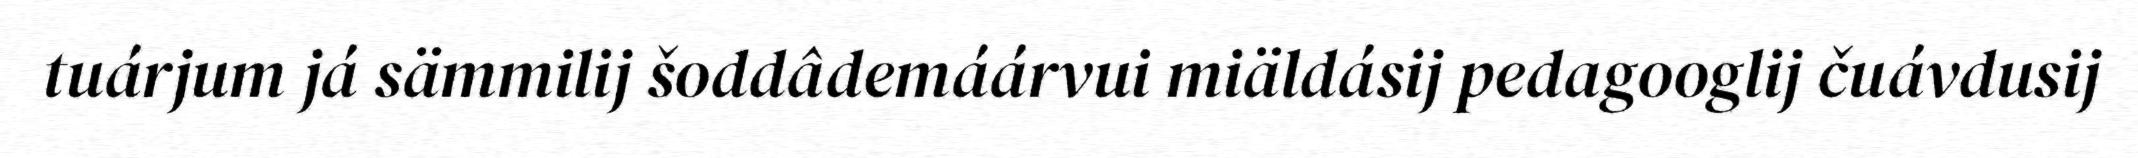
tuárjum já sämmilij šoddâdemáárvui miäldásij pedagooglij čuávdusij